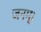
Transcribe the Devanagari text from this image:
जनम्।